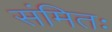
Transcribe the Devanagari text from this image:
संमितः